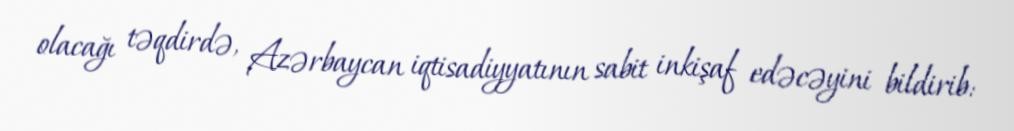
olacağı təqdirdə, Azərbaycan iqtisadiyyatının sabit inkişaf edəcəyini bildirib: